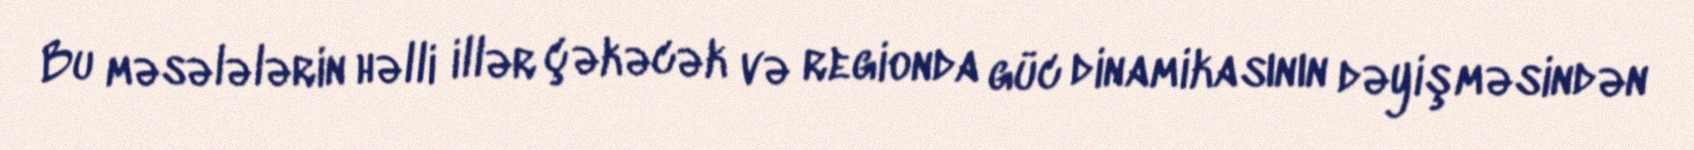
Bu məsələlərin həlli illər çəkəcək və regionda güc dinamikasının dəyişməsindən